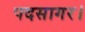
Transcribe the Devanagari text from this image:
पदसागर।